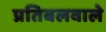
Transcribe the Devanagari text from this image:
प्रतिबलवाले